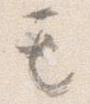
も